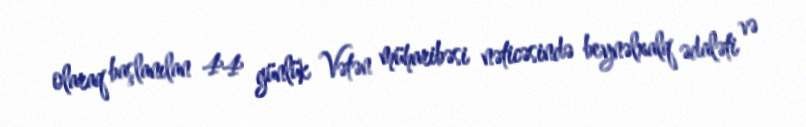
olaraq başlanılan 44 günlük Vətən müharibəsi nəticəsində beynəlxalq ədaləti və